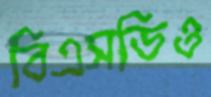
বিএসডিও